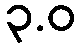
၃.ဝ